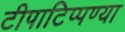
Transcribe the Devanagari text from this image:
टीपाटिप्पण्या